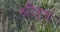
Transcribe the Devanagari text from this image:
श्रीहष